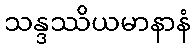
သန္ဒဿိယမာနာနံ